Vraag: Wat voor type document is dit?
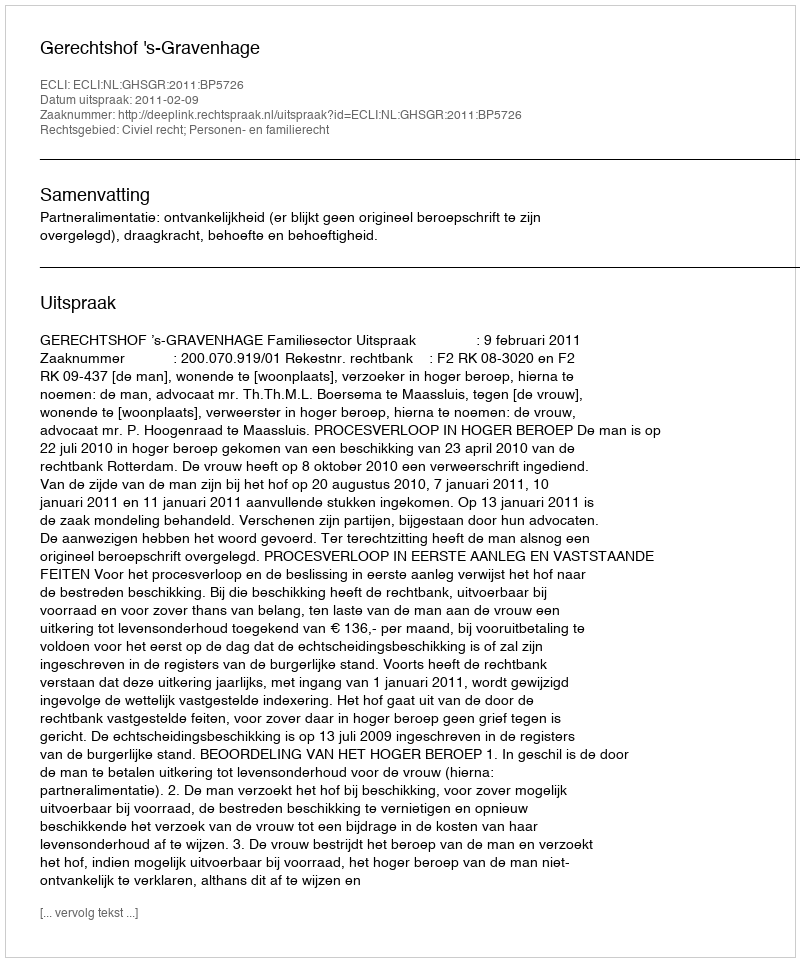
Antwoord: Uitspraak